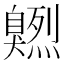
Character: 𦤭